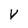
Character: V